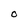
Character: O